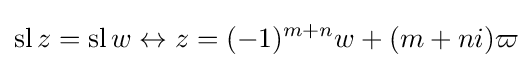
\operatorname {sl} z=\operatorname {sl} w\leftrightarrow z=(-1)^{m+n}w+(m+ni)\varpi